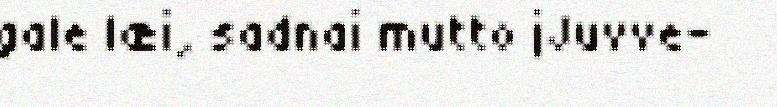
gale læi, sadnai mutto jJuvve-